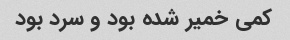
کمی خمیر شده بود و سرد بود